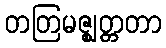
တတြမဇ္ဈတ္တတာ